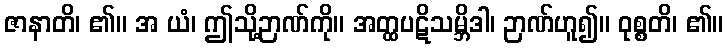
ဇာနာတိ၊ ၏။ အ ယံ၊ ဤသို့ဉာဏ်ကို။ အတ္ထပဋိသမ္ဘိဒါ၊ ဉာဏ်ဟူ၍။ ဝုစ္စတိ၊ ၏။